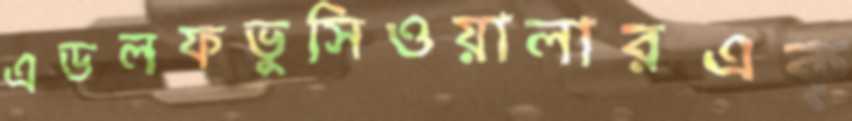
এডলফভুসিওয়ালারএক্